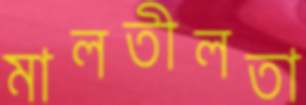
মালতীলতা